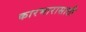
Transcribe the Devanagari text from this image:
कारभारासाठी